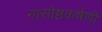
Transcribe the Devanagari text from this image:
नासोष्ठकर्षणी